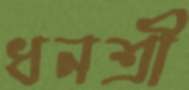
ধনশ্রী